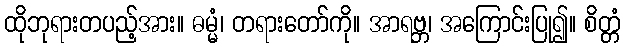
ထိုဘုရားတပည့်အား။ ဓမ္မံ၊ တရားတော်ကို။ အာရဗ္ဘ၊ အကြောင်းပြု၍။ စိတ္တံ